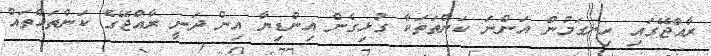
ރާއްޖޭގައި ހިނގަމުން އަންނަ ކަންތަތަކާ ގުޅިގެން އިންޑިޔާ އިން ދަނީ ރާއްޖޭގެ ކަންތައްތައް